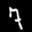
Label: 7